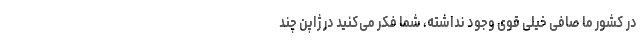
در کشور ما صافی خیلی قوی وجود نداشته، شما فکر می‌کنید در ژاپن چند